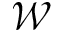
\mathcal { W }